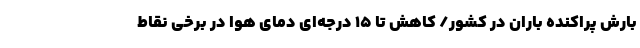
بارش پراکنده باران در کشور/ کاهش تا 15 درجه‌ای دمای هوا در برخی نقاط